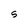
Character: S